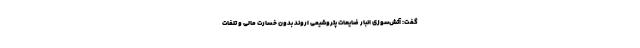
گفت: آتش‌سوزی انبار ضایعات پتروشیمی اروند بدون خسارت مالی و تلفات